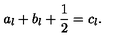
a _ { l } + b _ { l } + { \frac { 1 } { 2 } } = c _ { l } .